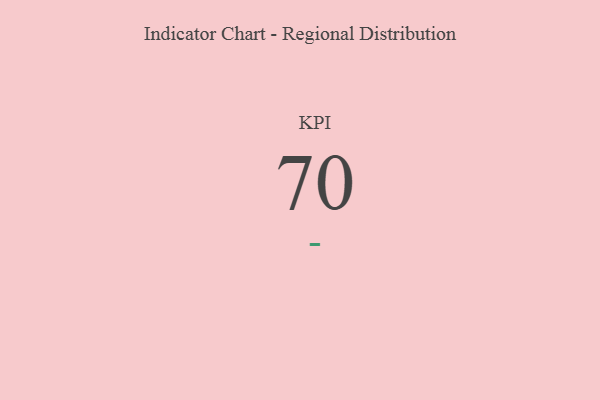
{"axis": {"x": "KPI", "y": "Value"}, "legend": [""], "data": [{"x": "KPI", "y": 70, "type": ""}]}